Vaccination in Bombay 1869-1873 - 1869-1873
Year: 1869
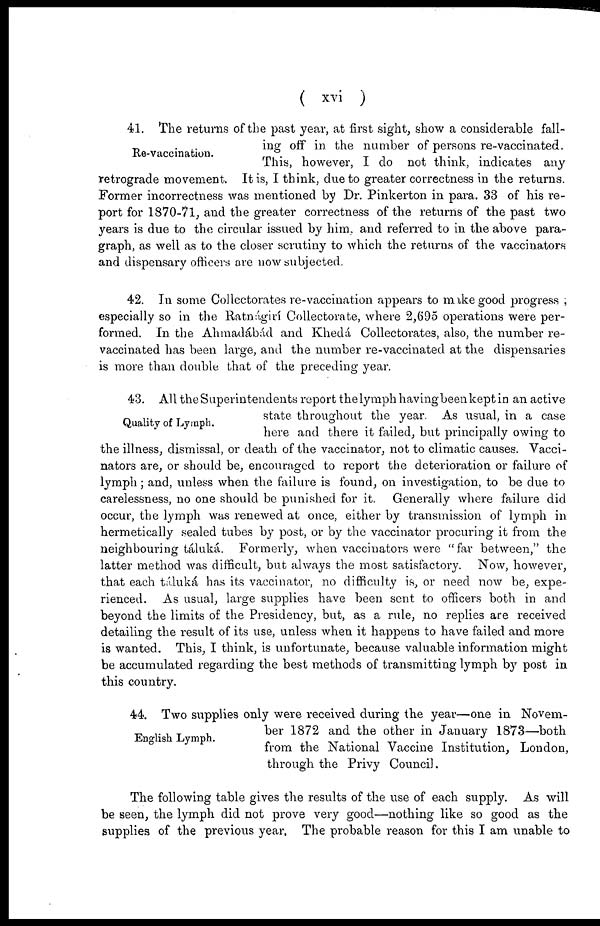
( xvi )
Re-vaccination.
41. The returns of the past year, at first sight, show a considerable fall-
ing off in the number of persons re-vaccinated.
This, however, I do not think, indicates any
retrograde movement. It is, I think, due to greater correctness in the returns.
Former incorrectness was mentioned by Dr. Pinkerton in para. 33 of his re-
port for 1870-71, and the greater correctness of the returns of the past two
years is due to the circular issued by him, and referred to in the above para-
graph, as well as to the closer scrutiny to which the returns of the vaccinators
and dispensary officers are now subjected.
42. In some Collectorates re-vaccination appears to make good progress ;
especially so in the Ratnágirí Collectorate, where 2,695 operations were per-
formed. In the Ahmadábád and Khedá Collectorates, also, the number re-
vaccinated has been large, and the number re-vaccinated at the dispensaries
is more than double that of the preceding year.
Quality of Lymph.
43. All the Superintendents report the lymph havingbeen kept in an active
state throughout the year. As usual, in a case
here and there it failed, but principally owing to
the illness, dismissal, or death of the vaccinator, not to climatic causes. Vacci-
nators are, or should be, encouraged to report the deterioration or failure of
lymph ; and, unless when the failure is found, on investigation, to be due to
carelessness, no one should be punished for it. Generally where failure did
occur, the lymph was renewed at once, either by transmission of lymph in
hermetically sealed tubes by post, or by the vaccinator procuring it from the
neighbouring táluká. Formerly, when vaccinators were "far between," the
latter method was difficult, but always the most satisfactory. Now, however,
that each táluká has its vaccinator, no difficulty is, or need now be, expe-
rienced. As usual, large supplies have been sent to officers both in and
beyond the limits of the Presidency, but, as a rule, no replies are received
detailing the result of its use, unless when it happens to have failed and more
is wanted. This, I think, is unfortunate, because valuable information might
be accumulated regarding the best methods of transmitting lymph by post in
this country.
English Lymph.
44. Two supplies only were received during the year—one in Novem-
ber 1872 and the other in January 1873—both
from the National Vaccine Institution, London,
through the Privy Council.
The following table gives the results of the use of each supply. As will
be seen, the lymph did not prove very good—nothing like so good as the
supplies of the previous year, The probable reason for this I am unable to